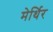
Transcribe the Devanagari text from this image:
मेर्थिर